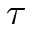
\tau